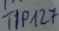
Text: TIP127